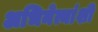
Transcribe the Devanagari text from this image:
अभिनेत्यांशी